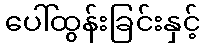
ပေါ်ထွန်းခြင်းနှင့်